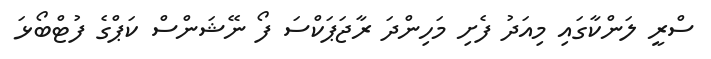
ސްރީ ލަންކާގައި މިއަދު ފެށި މަހިންދަ ރާޖަޕަކްސަ ފޯ ނޭޝަންސް ކަޕްގެ ފުޓްބޯޅަ